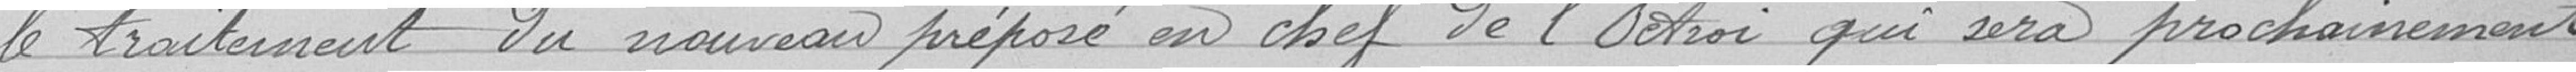
le traitement du nouveau préposé en chef de l'octoi qui sera prochainement